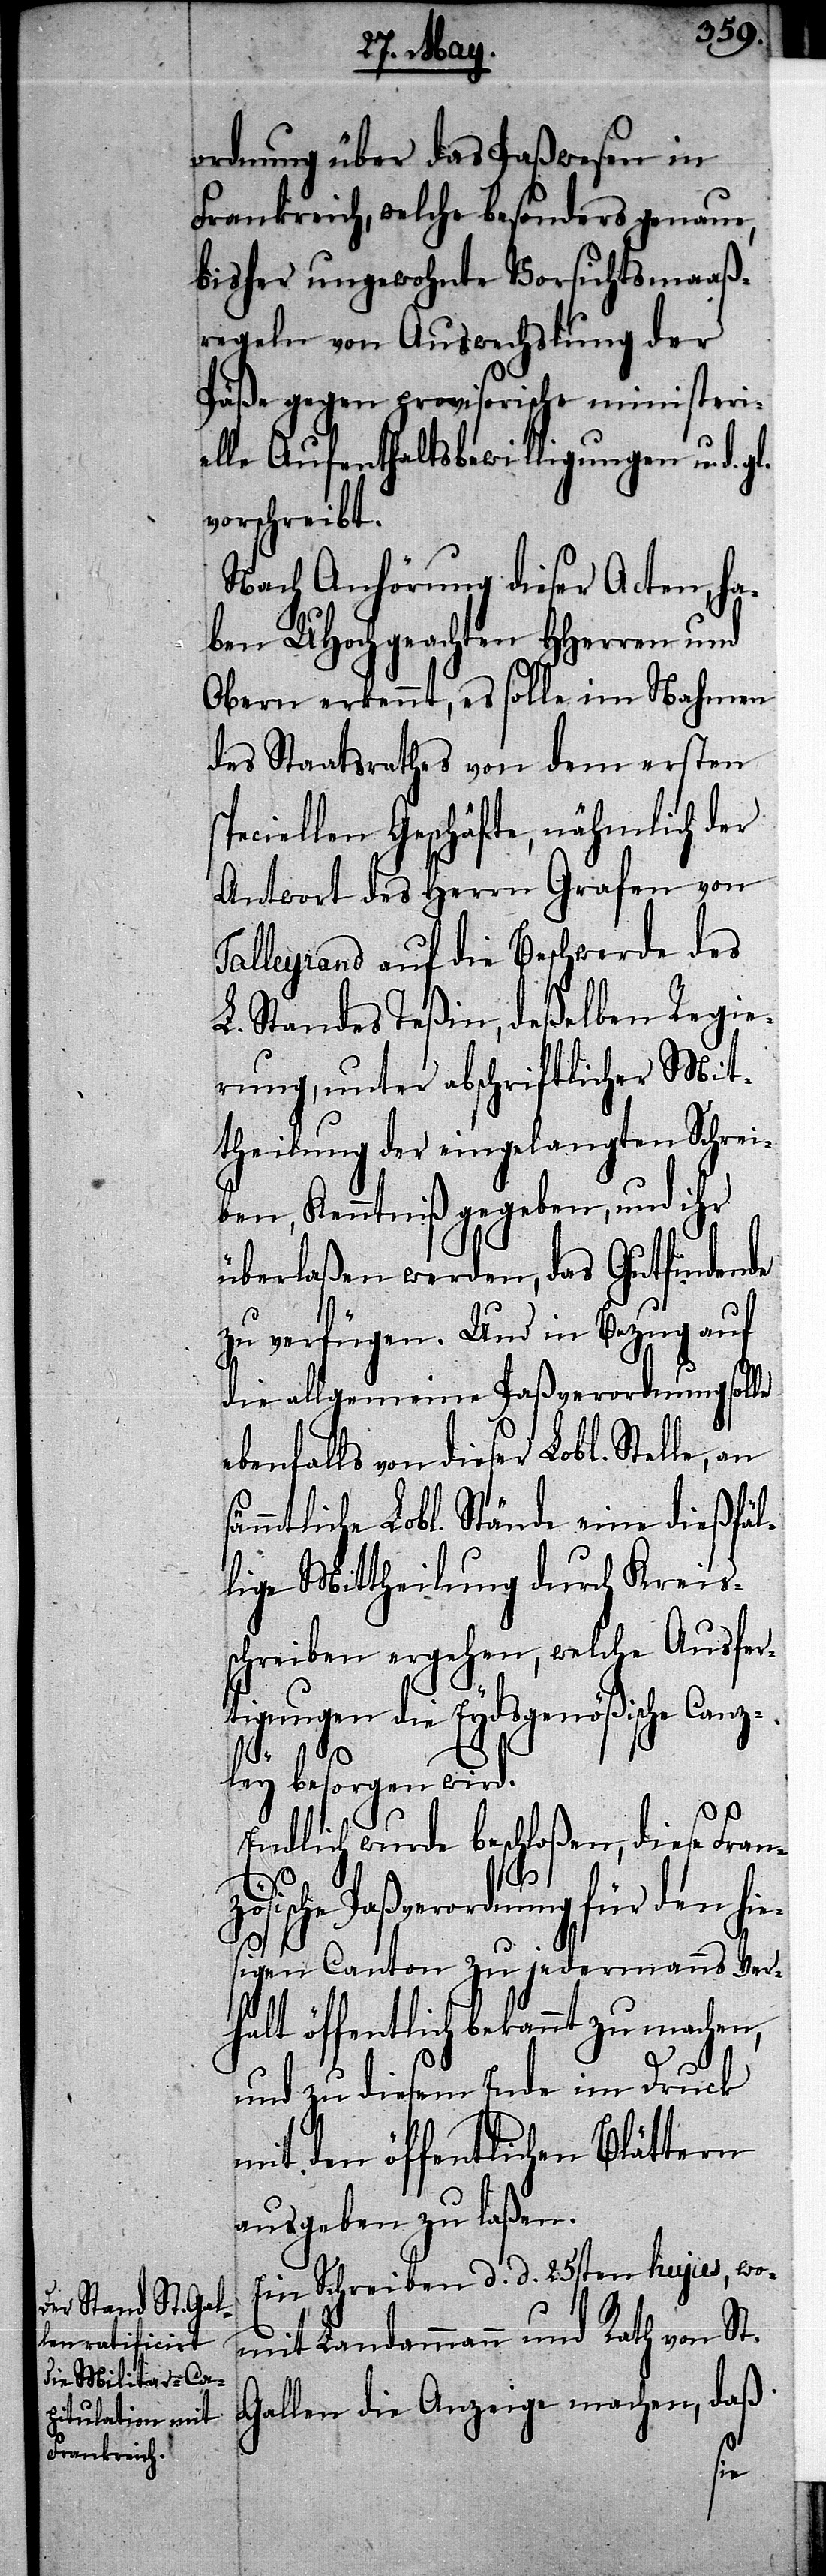
ordnung über das Paßwesen in
Frankreich, welche besonders genaue,
bisher ungewohnte Vorsichtsmaaß¬
regeln von Auswechslung der
Päße gegen provisorische ministeri¬
elle Aufenthaltsbewilligungen und gl.
vorschreibt.
Nach Anhörung dieser Acten, ha¬
ben UHochgeachten HHerren und
Obern erkennt, es solle im Nahmen
des Staatsrathes von dem ersten
peciellen Geschäfte, nähmlich der
Antwort des Herrn Graf von
Talleyrand auf die Beschwerde des
L. Standes Teßin, deßelben Regie¬
rung, unter abschriftlicher Mit¬
theilung der eingelangten Schrei¬
ben, Kenntniß gegeben, und ihr
überlaßen werden, das Gutfindende
zu verfügen. Und in Bezug auf
die allgemeine Paßverordnung solle
ebenfalls von dieser Lobl.
mmtliche Lobl. Stände eine dießfäl¬
lige Mittheilung durch Kreis¬
schreiben ergehen, welche Ausfer¬
tigungen die Eydsgenößische Canz¬
sä¬
ley besorgen wird.
Endlich wurde beschloßen, diese Fran¬
zösische Paßverordnung für den hie¬
sigen Canton zu jedermanns Ver¬
halt öffentlich bekannt zu machen,
und zu diesem Ende im Druck
mit den öffentlichen Blättern
ausgeben zu laßen.
Ein Schreiben d. d. 25sten hujus, wo¬
mit Landammann und Rath von St.
Gallen die Anzeige machen, daß